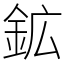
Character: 鉱